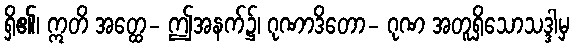
ရှိ၏၊ ဣတိ အတ္ထေ- ဤအနက်၌၊ ဂုဏာဒိတော- ဂုဏ အတူရှိသောသဒ္ဒါမှ